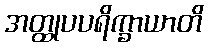
အတ္ထုပပရိက္ခာယာတိ